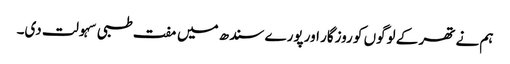
ہم نے تھر کے لوگوں کو روزگار اور پورے سندھ میں مفت طبی سہولت دی۔